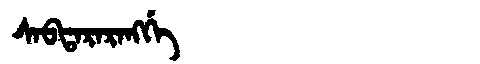
Manchu: ᠰᠠᠪᡨᠠᡵᠠᡵᠠᠩᡤᡝ
Romanization: SABTARARANGGE